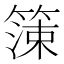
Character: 𱸙